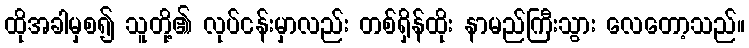
ထိုအခါမှစ၍ သူတို့၏ လုပ်ငန်းမှာလည်း တစ်ရှိန်ထိုး နာမည်ကြီးသွား လေတော့သည်။